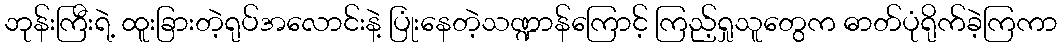
ဘုန်းကြီးရဲ့ ထူးခြားတဲ့ရုပ်အလောင်းနဲ့ ပြုံးနေတဲ့သဏ္ဍာန်ကြောင့် ကြည့်ရှုသူတွေက ဓာတ်ပုံရိုက်ခဲ့ကြကာ